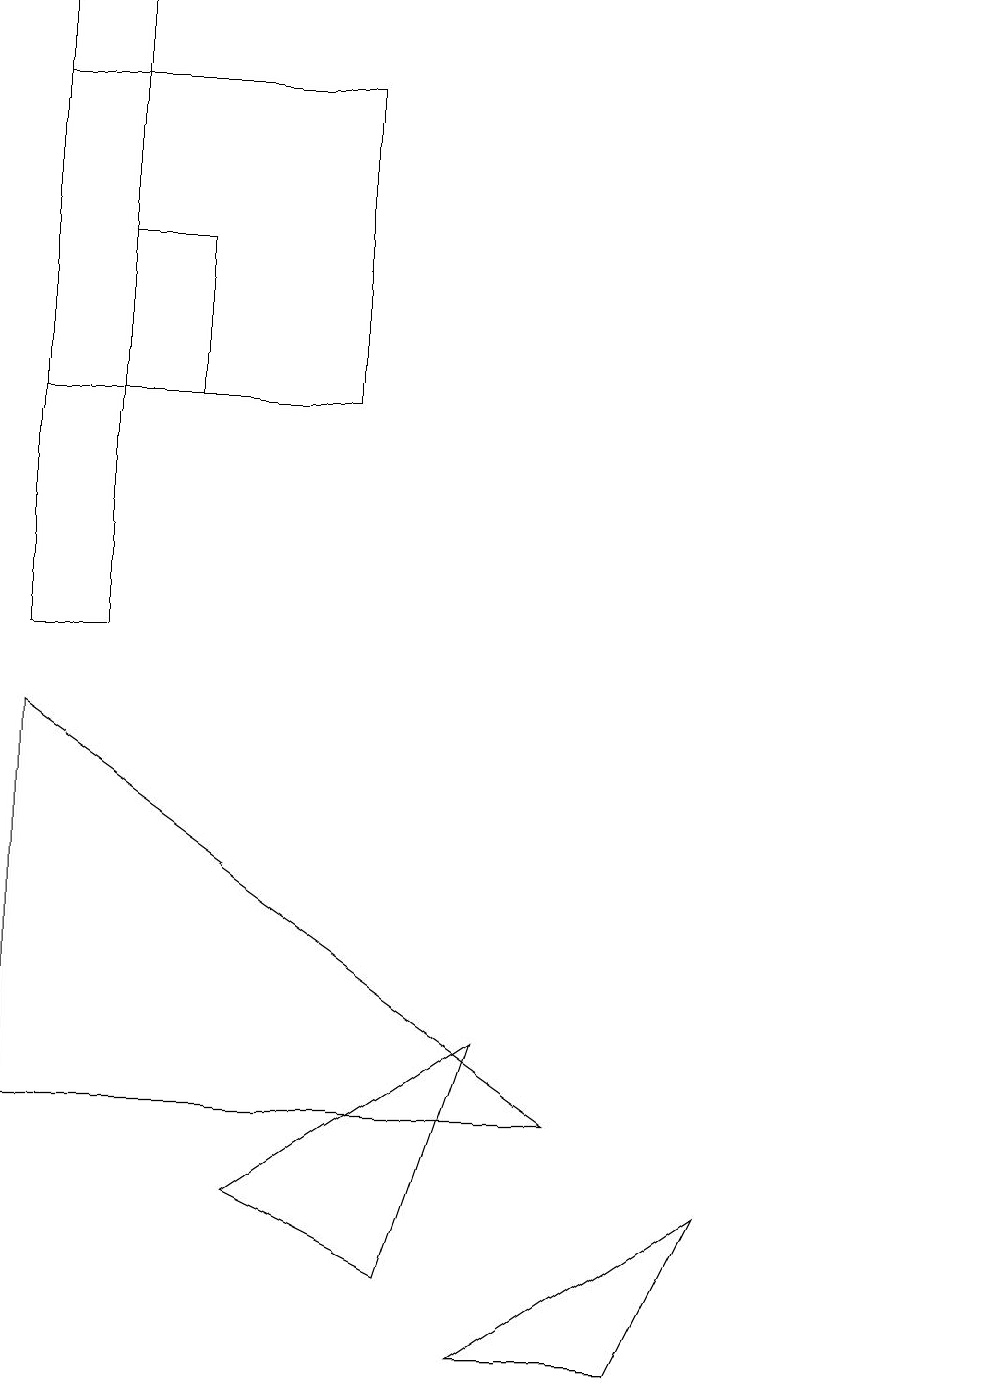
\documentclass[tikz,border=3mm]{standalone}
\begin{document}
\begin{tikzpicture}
\draw (7,4) -- (0,9) -- (0,4) -- cycle;
\draw (1,18) rectangle (0,10);
\draw (10,10) circle (0);
\draw (2,15) rectangle (1,13);
\draw (12,10) circle (0);
\draw (3,3) -- (5,2) -- (6,5) -- cycle;
\draw (4,17) rectangle (0,13);
\draw (9,3) -- (6,1) -- (8,1) -- cycle;
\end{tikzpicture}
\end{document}